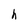
Character: h